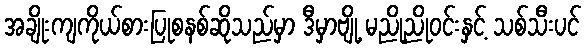
အချိုးကျကိုယ်စားပြုစနစ်ဆိုသည်မှာ ဒီမှာဗျို့ မညိုညိုဝင်းနှင့် သစ်သီးပင်